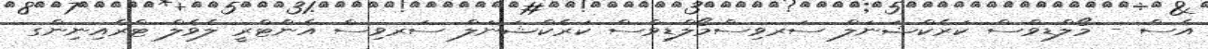
އެސް - މޯލްޑިވްސް ކަރެކްޝަނަލް ސަރވިސްމޯލްޑިވްސް ކަރެކްޝަނަލް ސަރވިސް އެންޓްރީ ލެވެލް ޓްރެއިނިންގ